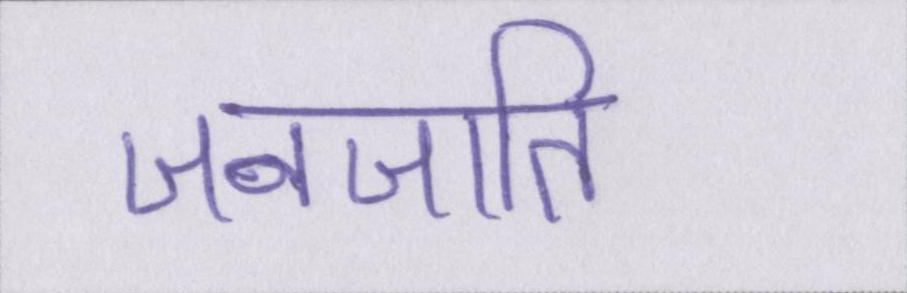
जनजाति